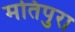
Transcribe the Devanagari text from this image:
मतिपुरा